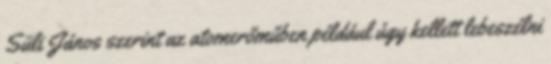
Süli János szerint az atomerőműben például úgy kellett lebeszélni